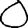
Digit: 0